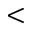
<